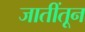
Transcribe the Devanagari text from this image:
जातींतून